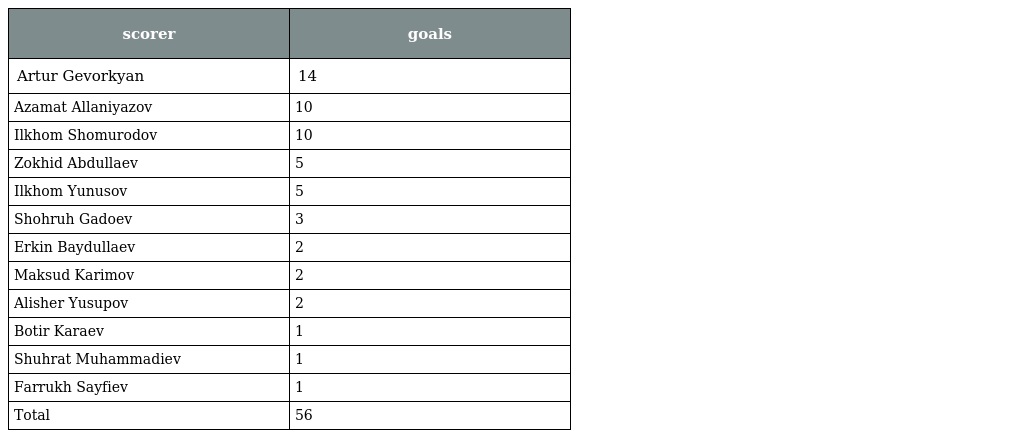
| scorer | goals |
 | --- | --- |
 | Artur Gevorkyan | 14 |
 | Azamat Allaniyazov | 10 |
 | Ilkhom Shomurodov | 10 |
 | Zokhid Abdullaev | 5 |
 | Ilkhom Yunusov | 5 |
 | Shohruh Gadoev | 3 |
 | Erkin Baydullaev | 2 |
 | Maksud Karimov | 2 |
 | Alisher Yusupov | 2 |
 | Botir Karaev | 1 |
 | Shuhrat Muhammadiev | 1 |
 | Farrukh Sayfiev | 1 |
 | Total | 56 |